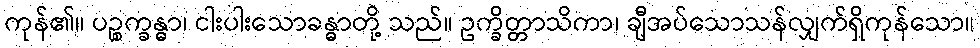
ကုန်၏။ ပဉ္စက္ခန္ဓာ၊ ငါးပါးသောခန္ဓာတို့ သည်။ ဥက္ခိတ္တာသိကာ၊ ချီအပ်သောသန်လျှက်ရှိကုန်သော။